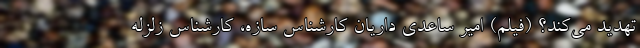
تهدید می‌کند؟ (فیلم) امیر ساعدی داریان کارشناس سازه، کارشناس زلزله